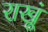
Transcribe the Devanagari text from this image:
राखूं